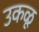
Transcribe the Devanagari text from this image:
उकळू